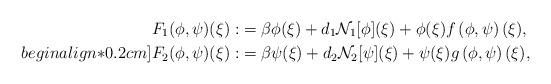
LaTeX: \begin{align*} F_ {1}(\phi,\psi)(\xi):&=\beta\phi(\xi)+d_ {1}\mathcal{N}_ {1}[\phi](\xi)+\phi(\xi)f\left(\phi,\psi\right)(\xi),\\begin{align*}0.2cm] F_ {2}(\phi,\psi)(\xi):&=\beta\psi(\xi)+d_ {2}\mathcal{N}_ {2}[\psi](\xi)+ \psi(\xi)g\left(\phi,\psi\right)(\xi),\end{align*}